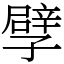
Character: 孹